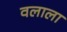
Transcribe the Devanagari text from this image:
वलाला